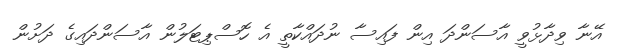
އޭނާ ވިދާޅުވީ އާސަންދަ އިން ފައިސާ ނުދައްކާތީ އެ ހޮސްޕިޓަލުން އާސަންދައިގެ ދަށުން